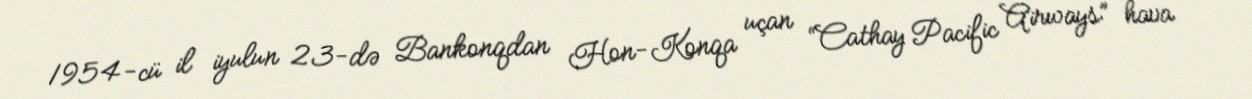
1954-cü il iyulun 23-də Bankonqdan Hon-Konqa uçan “Cathay Pacific Airways” hava